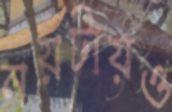
নয়টায়ও